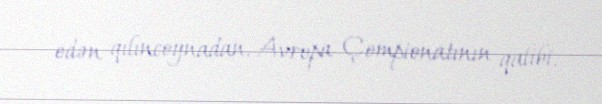
edən qılıncoynadan, Avropa Çempionatının qalibi.